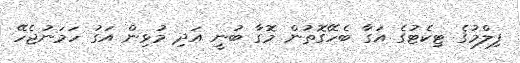
ފިލްމުގެ ޓިކެޓުގެ އަގާ ބެހޭގޮތުން މޮގާ ބުނީ އަދި މުޅިން އަގު ހަމަނުޖެހޭ